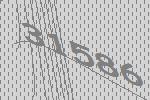
31586